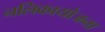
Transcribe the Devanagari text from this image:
नलिकायोजना